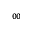
_ { 0 0 }